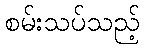
စမ်းသပ်သည့်